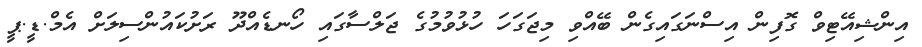
އިންޝިއޭޓިވް ގޮފިން އިސްނަގައިގެން ބޭއްވި މިޖަގަހަ ހުޅުވުމުގެ ޖަލްސާގައި ހޯނޑެއްދޫ ރަށުކައުންސިލަށް އެމް.ޑީ.ޕީ